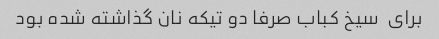
برای  سیخ کباب صرفا دو تیکه نان گذاشته شده بود